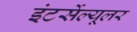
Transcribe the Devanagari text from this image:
इंटर्सेल्यूलर